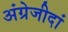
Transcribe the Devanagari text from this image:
अंग्रेजीदां